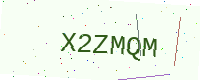
Text: X2ZMQM